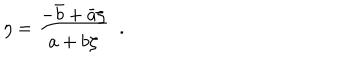
LaTeX: \eta = \frac { - \bar { b } + \bar { a } \zeta } { a + b \zeta } \; \; .